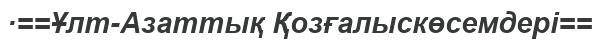
·==Ұлт-Азаттық Қозғалыскөсемдері==